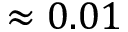
\approx 0 . 0 1